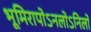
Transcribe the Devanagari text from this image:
भूमिरापोऽनलोऽनिलो